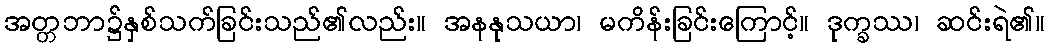
အတ္တဘာ၌နှစ်သက်ခြင်းသည်၏လည်း။ အနနုသယာ၊ မကိန်းခြင်းကြောင့်။ ဒုက္ခဿ၊ ဆင်းရဲ၏။